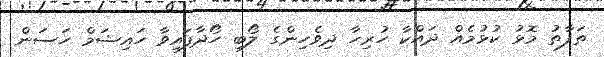
ތަފާތު މޮޅު ކުޅުމެއް ދައްކާ ހުރިހާ ދިވެހިންގެ ލޯބި ހޯދާފައިވާ ހައިޝަމް ހަސަން